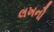
લખનૌ